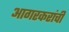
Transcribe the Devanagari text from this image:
आगरकरांची